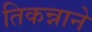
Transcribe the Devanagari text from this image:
तिकन्नाने